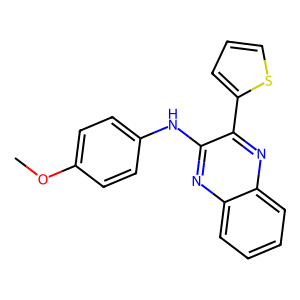
SMILES: COc1ccc(Nc2nc3ccccc3nc2-c2cccs2)cc1
Inhibits HIV replication: No